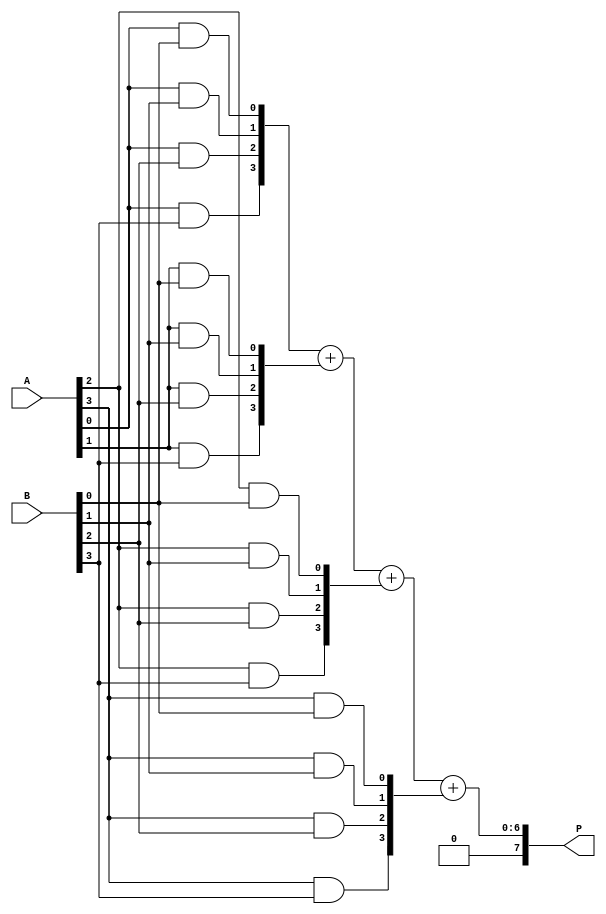
module vedic_multiplier #(parameter N = 4) (
    input [N-1:0] A, // First operand
    input [N-1:0] B, // Second operand
    output [2*N-1:0] P // Product of A and B
);

    // Intermediate signals for partial products
    wire [N-1:0] pp [0:N-1]; // Partial products
    wire [2*N-1:0] sum [0:N-1]; // Sums of partial products

    // Generate partial products using Urdhva-Tiryagbhyam
    genvar i, j;
    generate
        for (i = 0; i < N; i = i + 1) begin : partial_product
            for (j = 0; j < N; j = j + 1) begin : generate_pp
                assign pp[i][j] = A[i] & B[j]; // AND operation for partial product
            end
        end
    endgenerate

    // Initialize sums with partial products
    assign sum[0] = {N'b0, pp[0]}; // First partial product (aligned)

    // Sum the partial products
    generate
        for (i = 1; i < N; i = i + 1) begin : sum_partial_products
            assign sum[i] = sum[i-1] + {i'b0, pp[i]}; // Align and add
        end
    endgenerate

    // Final product output
    assign P = sum[N-1];

endmodule